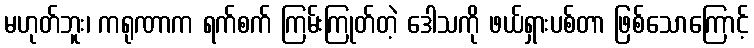
မဟုတ်ဘူး၊ ကရုဏာက ရက်စက် ကြမ်းကြုတ်တဲ့ ဒေါသကို ဖယ်ရှားပစ်တာ ဖြစ်သောကြောင့်